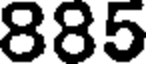
885